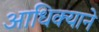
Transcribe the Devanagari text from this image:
आधिक्याने